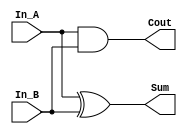
`timescale 1ns / 1ps
//109550134
//////////////////////////////////////////////////////////////////////////////////
// Company: 
// Engineer: 
// 
// Design Name: 
// Module Name: half_adder
// Project Name: 
// Target Devices: 
// Tool Versions: 
// Description: 
// 
// Dependencies: 
// 
// Revision:
// Revision 0.01 - File Created
// Additional Comments:
// 
//////////////////////////////////////////////////////////////////////////////////


module half_adder(
    In_A, In_B, Sum, Cout
    );
    input In_A, In_B;
    output Sum, Cout;

    xor(Sum,In_A,In_B);
    and(Cout,In_A ,In_B );

endmodule